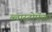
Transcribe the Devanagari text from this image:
ब्लास्टोफॅगा